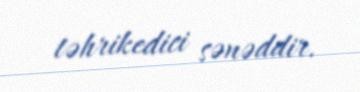
təhrikedici sənəddir.